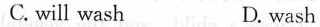
C.will wash D.wash